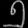
Digit: ၅